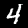
Label: 4